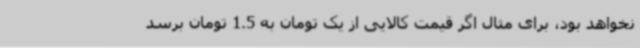
نخواهد بود، برای مثال اگر قیمت کالایی از یک تومان به 1.5 تومان برسد